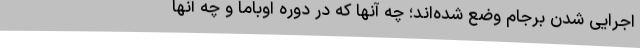
اجرایی شدن برجام وضع شده‌اند؛ چه آنها که در دوره اوباما و چه آنها